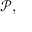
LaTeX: { \mathcal { P } } ,